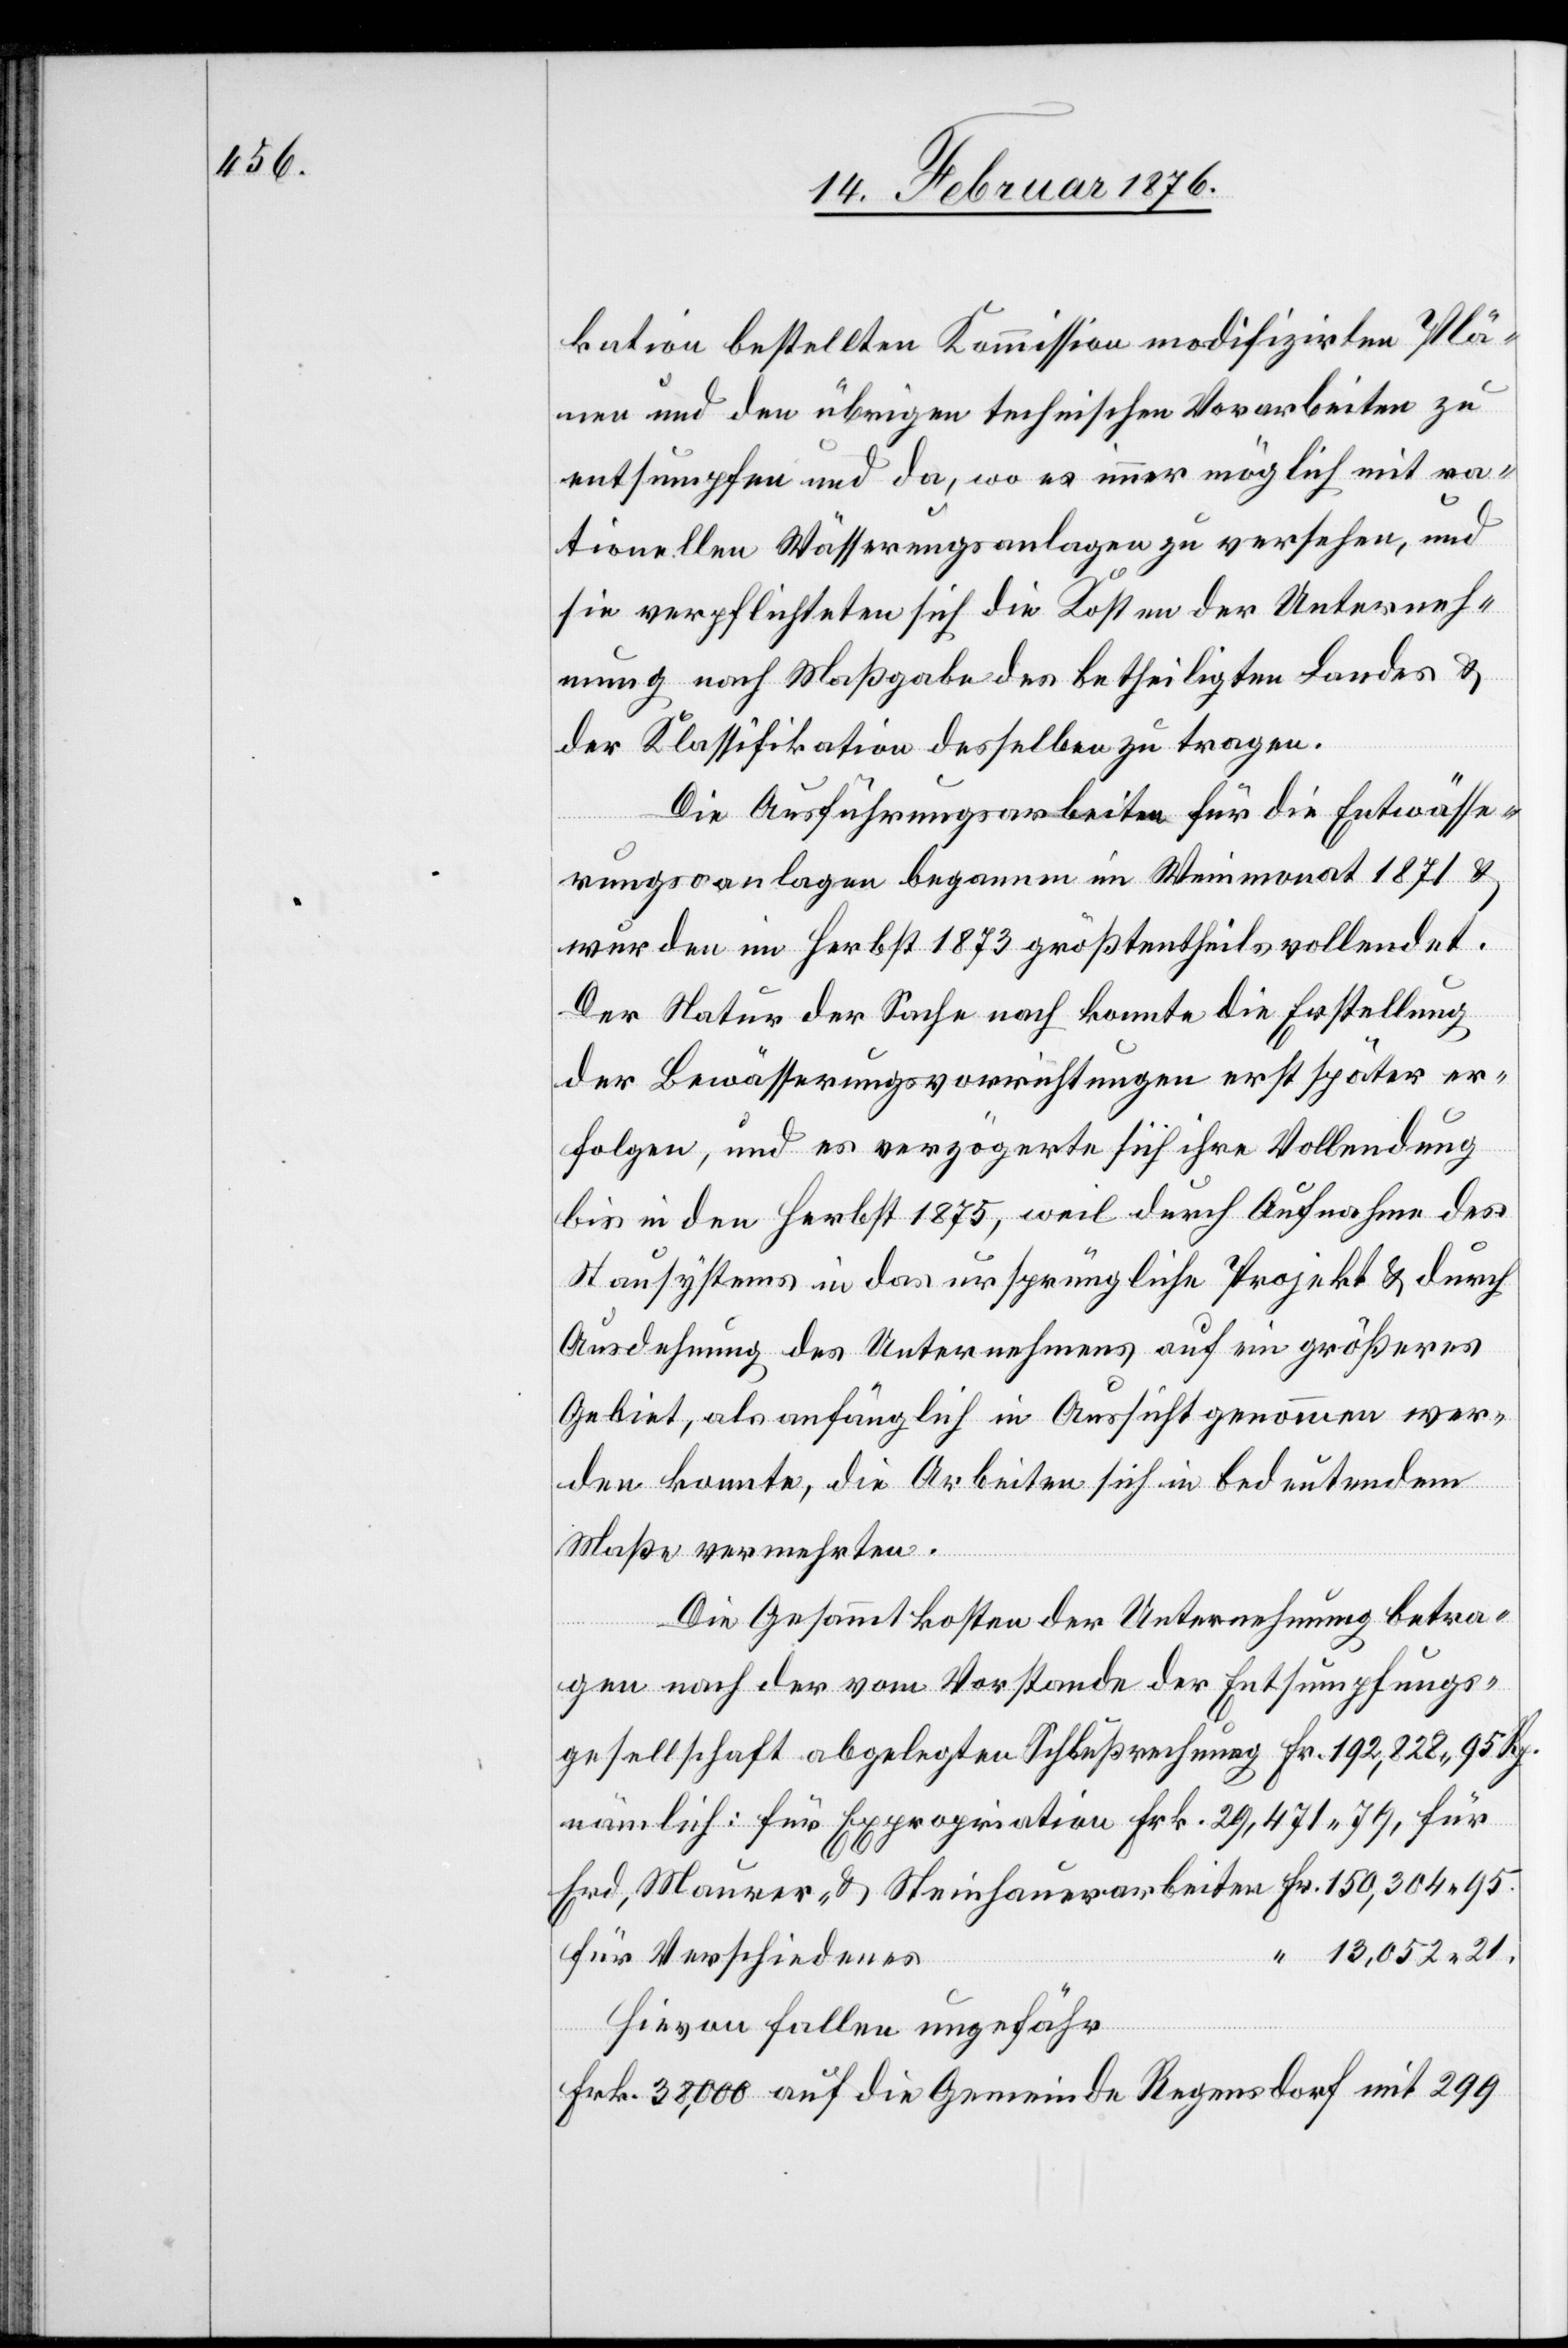
kation bestellten Kommission modifizirten Plä¬
nen und den übrigen technischen Vorarbeiten zu
entsumpfen und da, wo es immer möglich mit ra¬
tionellen Wässerungsanlagen zu versehen, und
sie verpflichteten sich die Kosten an der Unterneh¬
mung nach Maßgabe des betheiligten Landes &
der Klassifikation desselben zu tragen.
Die Ausführungsarbeiten für die Entwässe¬
rungsanlagen begannen im Weinmonat 1871 &
wurden im Herbst 1873 größtentheils vollendet.
Der Natur der Sache nach konnte die Erstellung
der Bewässerungsvorrichtungen erst später er¬
folgen, und es verzögerte sich ihre Vollendung
bis in den Herbst 1875, weil durch Aufnahme des
Stausystems in das ursprüngliche Projekt & durch
Ausdehnung des Unternehmens auf ein größeres
Gebiet, als anfänglich in Aussicht genommen wer¬
den konnte, die Arbeiten sich in bedeutendem
Maße vermehrten.
Die Gesammtkosten der Unternehmung betra¬
gen nach der vom Vorstande der Entsumpfungs¬
gesellschaft abgelegten Schlußrechnung Fr. 192,828 95 Rp.
nämlich: für Expropriation Frk. 29,471 79, für
Erd, Maurer- & Steinhauerarbeiten Fr. 150,304 95
13,052 21
für Verschiedenes
hievon fallen ungefähr
Frk. 38,000 auf die Gemeinde Regensdorf mit 299